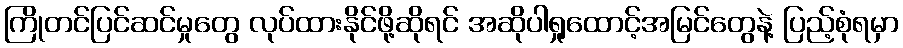
ကြိုတင်ပြင်ဆင်မှုတွေ လုပ်ထားနိုင်ဖို့ဆိုရင် အဆိုပါရှုထောင့်အမြင်တွေနဲ့ ပြည့်စုံရမှာ